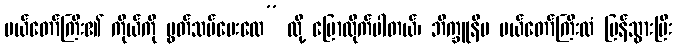
မယ်တော်ကြီး၏ ကိုယ်ကို ပွတ်သပ်ပေးလေ” လို့ ပြောလိုက်ပါတယ်၊ ဘိက္ခူနီမ မယ်တော်ကြီးထံ ပြန်သွားပြီး